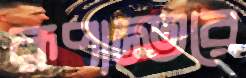
রূপান্তরে